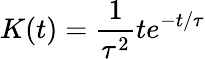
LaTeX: K(t)=\frac{1}{\tau^{2}}te^{-t/\tau}